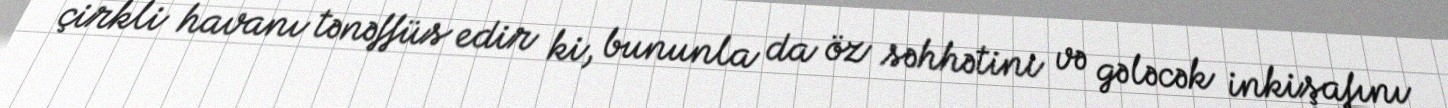
çirkli havanı tənəffüs edir ki, bununla da öz səhhətini və gələcək inkişafını